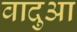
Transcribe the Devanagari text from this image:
वादुआ